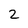
Character: 2